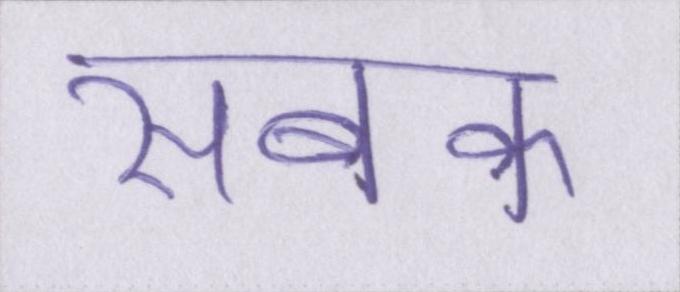
सबक